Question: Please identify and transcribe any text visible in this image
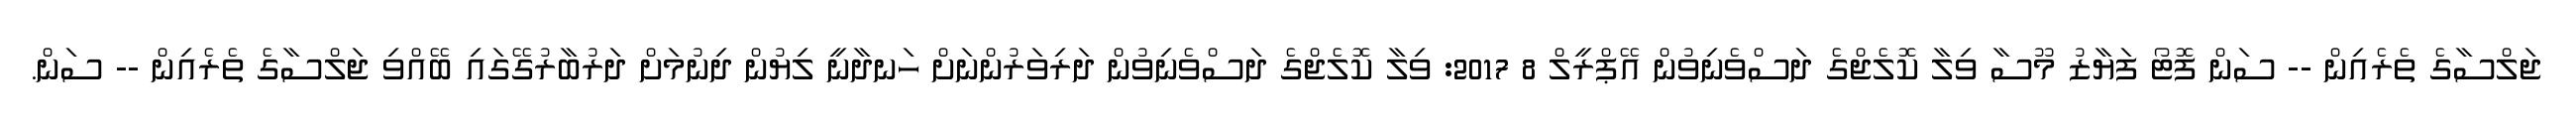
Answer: ޖަލްސާގެ ތެރެއިން -- ސަން ފޮޓޯ ފަޔާޒު މޫސާ ވިލާ ކޮލެޖްގެ ދަސްވެނިވުން އޭޕްރީލް 8 2017: ވިލާ ކޮލެޖްގެ ދަސްވެނިވުން ދަރިވަރުންނަށް ހަނދާނީ ލިޔުން ދިނުމަށް ދަރުބާރުގޭގައި ބޭއްވި ޖަލްސާގެ ތެރެއިން -- ސަން.